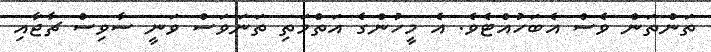
ތަންތަން ވެސް އެބަހުއްޓެވެ. އެ މީހުންގެ އަތްމަތި ތަނަވަސް ވަނީ ސާވިސް ޗާޖާއި